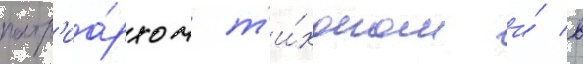
патр'иа́рхом т'и́хоном и́ в